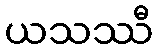
ယသဿီ